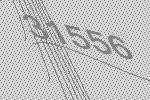
31556